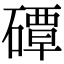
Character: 磹